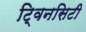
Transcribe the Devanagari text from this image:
टि्वनसिटी